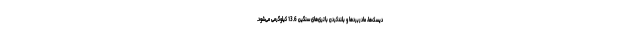
دیسک‌ها، مادربردها و بلندکردن باتری‌های سنگین 13.6 کیلوگرمی می‌شود.